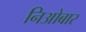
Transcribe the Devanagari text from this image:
निओबार